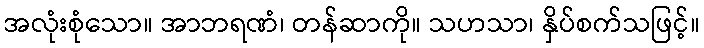
အလုံးစုံသော။ အာဘရဏံ၊ တန်ဆာကို။ သဟသာ၊ နှိပ်စက်သဖြင့်။